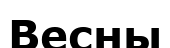
Весны